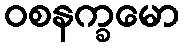
ဝစနက္ခမော